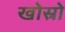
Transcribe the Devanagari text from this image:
खोस्रो